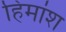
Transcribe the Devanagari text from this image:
हिमांश